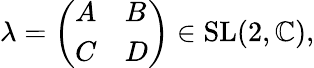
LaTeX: \lambda={\left(\begin{array}{ll}{A}&{B}\\ {C}&{D}\end{array}\right)}\in{\mathrm{SL}}(2,\mathbb{C}),